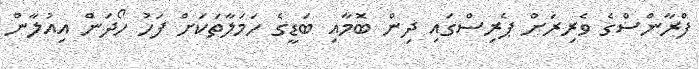
ފްރާންސްގެ ވެރިރަށް ޕެރިސްގައި ދިން ބޮމާއި ބަޑީގެ ހަމަލާތަކަށް ފަހު ހޯދަން އިއުލާން